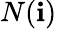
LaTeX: N(\mathbf{i})